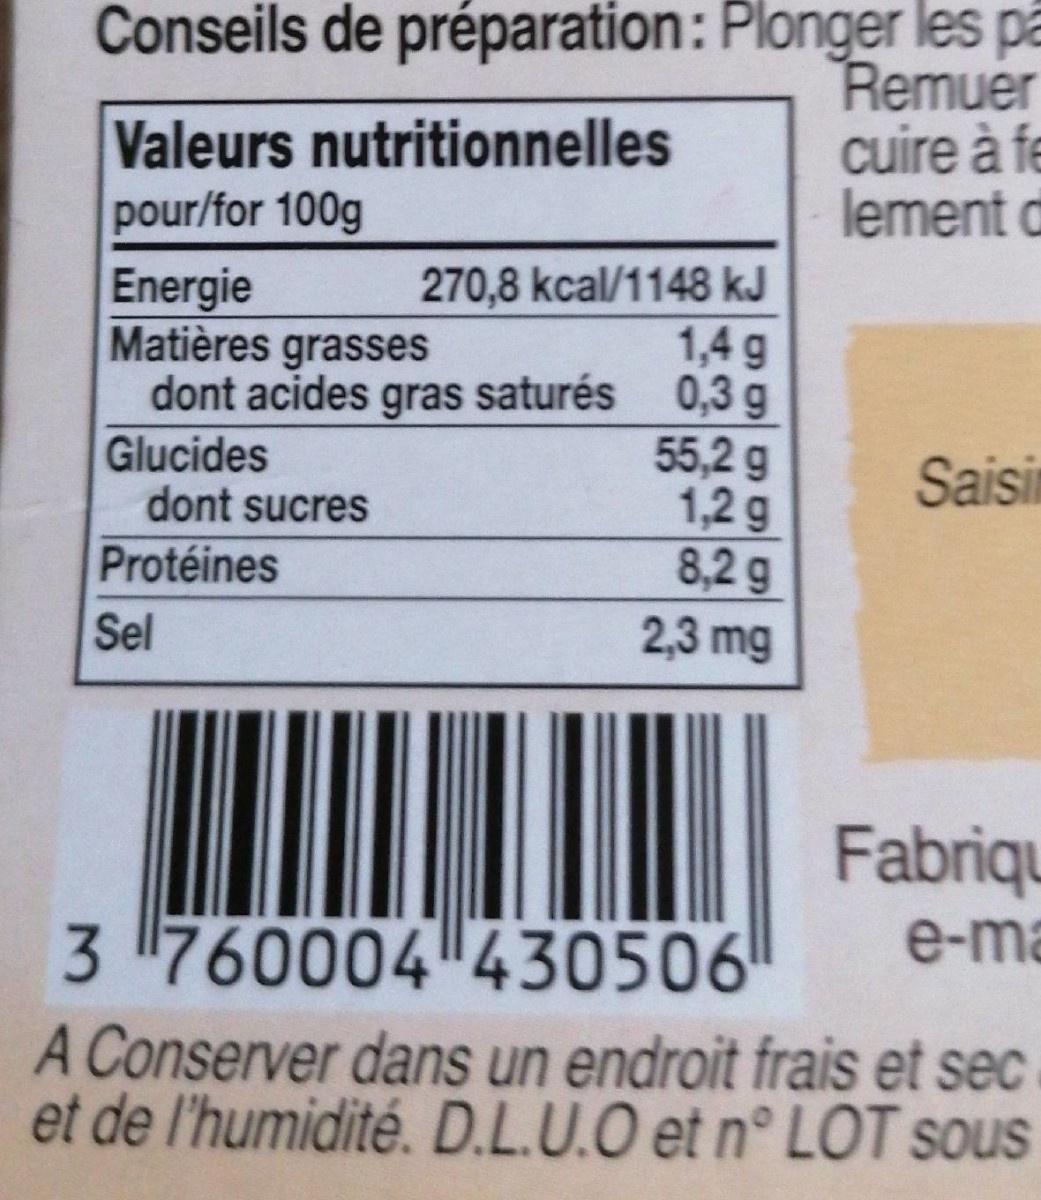
Conseils de préparation: Plonger les på Remuer cuire àfe lement d
Valeurs nutritionnelles pour/for 100g
270,8 kcal/1148 kJ 1,4 g dont acides gras saturés 0,3 g 55,2 g 1,2 g 8,2g 2,3 mg
Energie Matières grasses
Glucides dont sucres
Saisin
Protéines
Sel
Fabriqu
3 760004 430506 A Conserver dans un endroit frais et sec et de l'humidité. D.L.U.O et n° LOT sous
e-ma